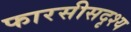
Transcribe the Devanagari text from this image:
फारसीसदृश्य